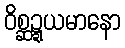
ဝိစ္ဆဍ္ဍယမာနော